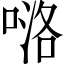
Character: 𠸪